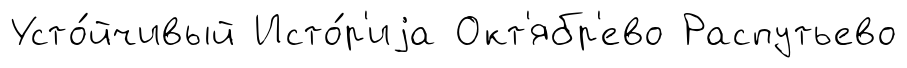
Усто́йчивый Исто́р'иjа Окт'ябр'ево Распутьево